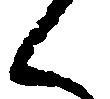
く